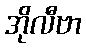
အိုလီဗာ